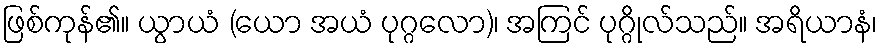
ဖြစ်ကုန်၏။ ယွာယံ (ယော အယံ ပုဂ္ဂလော)၊ အကြင် ပုဂ္ဂိုလ်သည်။ အရိယာနံ၊